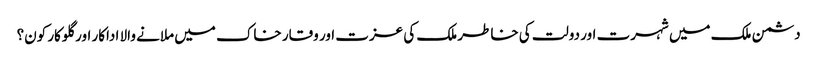
دشمن ملک میں شہرت اور دولت کی خاطر ملک کی عزت اور وقار خاک میں ملانے والا اداکار اور گلوکار کون؟